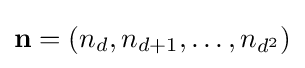
\mathbf {n} =(n_{d},n_{d+1},\ldots ,n_{d^{2}})